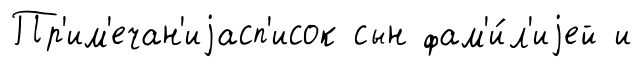
Пр'им'ечан'иjасп'исок сын фам'и́л'иjей и